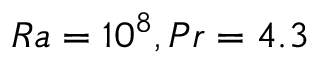
R a = 1 0 ^ { 8 } , P r = 4 . 3